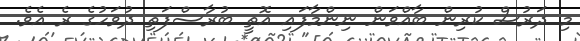
މި ދަރުސް ކުރިން ބާއްވަން ނިންމާފައި އޮތީ ބުރާސްފަތި ދުވަހުގެ ރެ އެވެ.